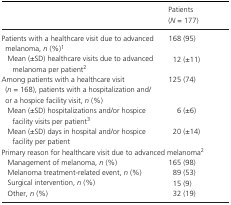
<table><thead><tr><td></td><td><b>Patients (<i>N</i> = 177)</b></td></tr></thead><tbody><tr><td>Patients with a healthcare visit due to advanced melanoma, <i>n</i> (%)a</td><td>168 (95)</td></tr><tr><td>Mean (±SD) healthcare visits due to advanced melanoma per patientb</td><td>12 (±11)</td></tr><tr><td>Among patients with a healthcare visit (<i>n</i> = 168), patients with a hospitalization and/or a hospice facility visit, <i>n</i> (%)</td><td>125 (74)</td></tr><tr><td>Mean (±SD) hospitalizations and/or hospice facility visits per patientc</td><td>6 (±6)</td></tr><tr><td>Mean (±SD) days in hospital and/or hospice facility per patient</td><td>20 (±14)</td></tr><tr><td colspan="2">Primary reason for healthcare visit due to advanced melanomab</td></tr><tr><td>Management of melanoma, <i>n</i> (%)</td><td>165 (98)</td></tr><tr><td>Melanoma treatment‐related event, <i>n</i> (%)</td><td>89 (53)</td></tr><tr><td>Surgical intervention, <i>n</i> (%)</td><td>15 (9)</td></tr><tr><td>Other, <i>n</i> (%)</td><td>32 (19)</td></tr></tbody></table>